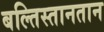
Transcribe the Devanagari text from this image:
बल्तिस्तानतान